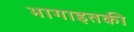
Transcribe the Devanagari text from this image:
भागाइतकी